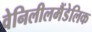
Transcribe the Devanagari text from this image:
वेनिलीलमैंडेलिक